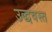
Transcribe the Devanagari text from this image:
उद्धवस्‍त